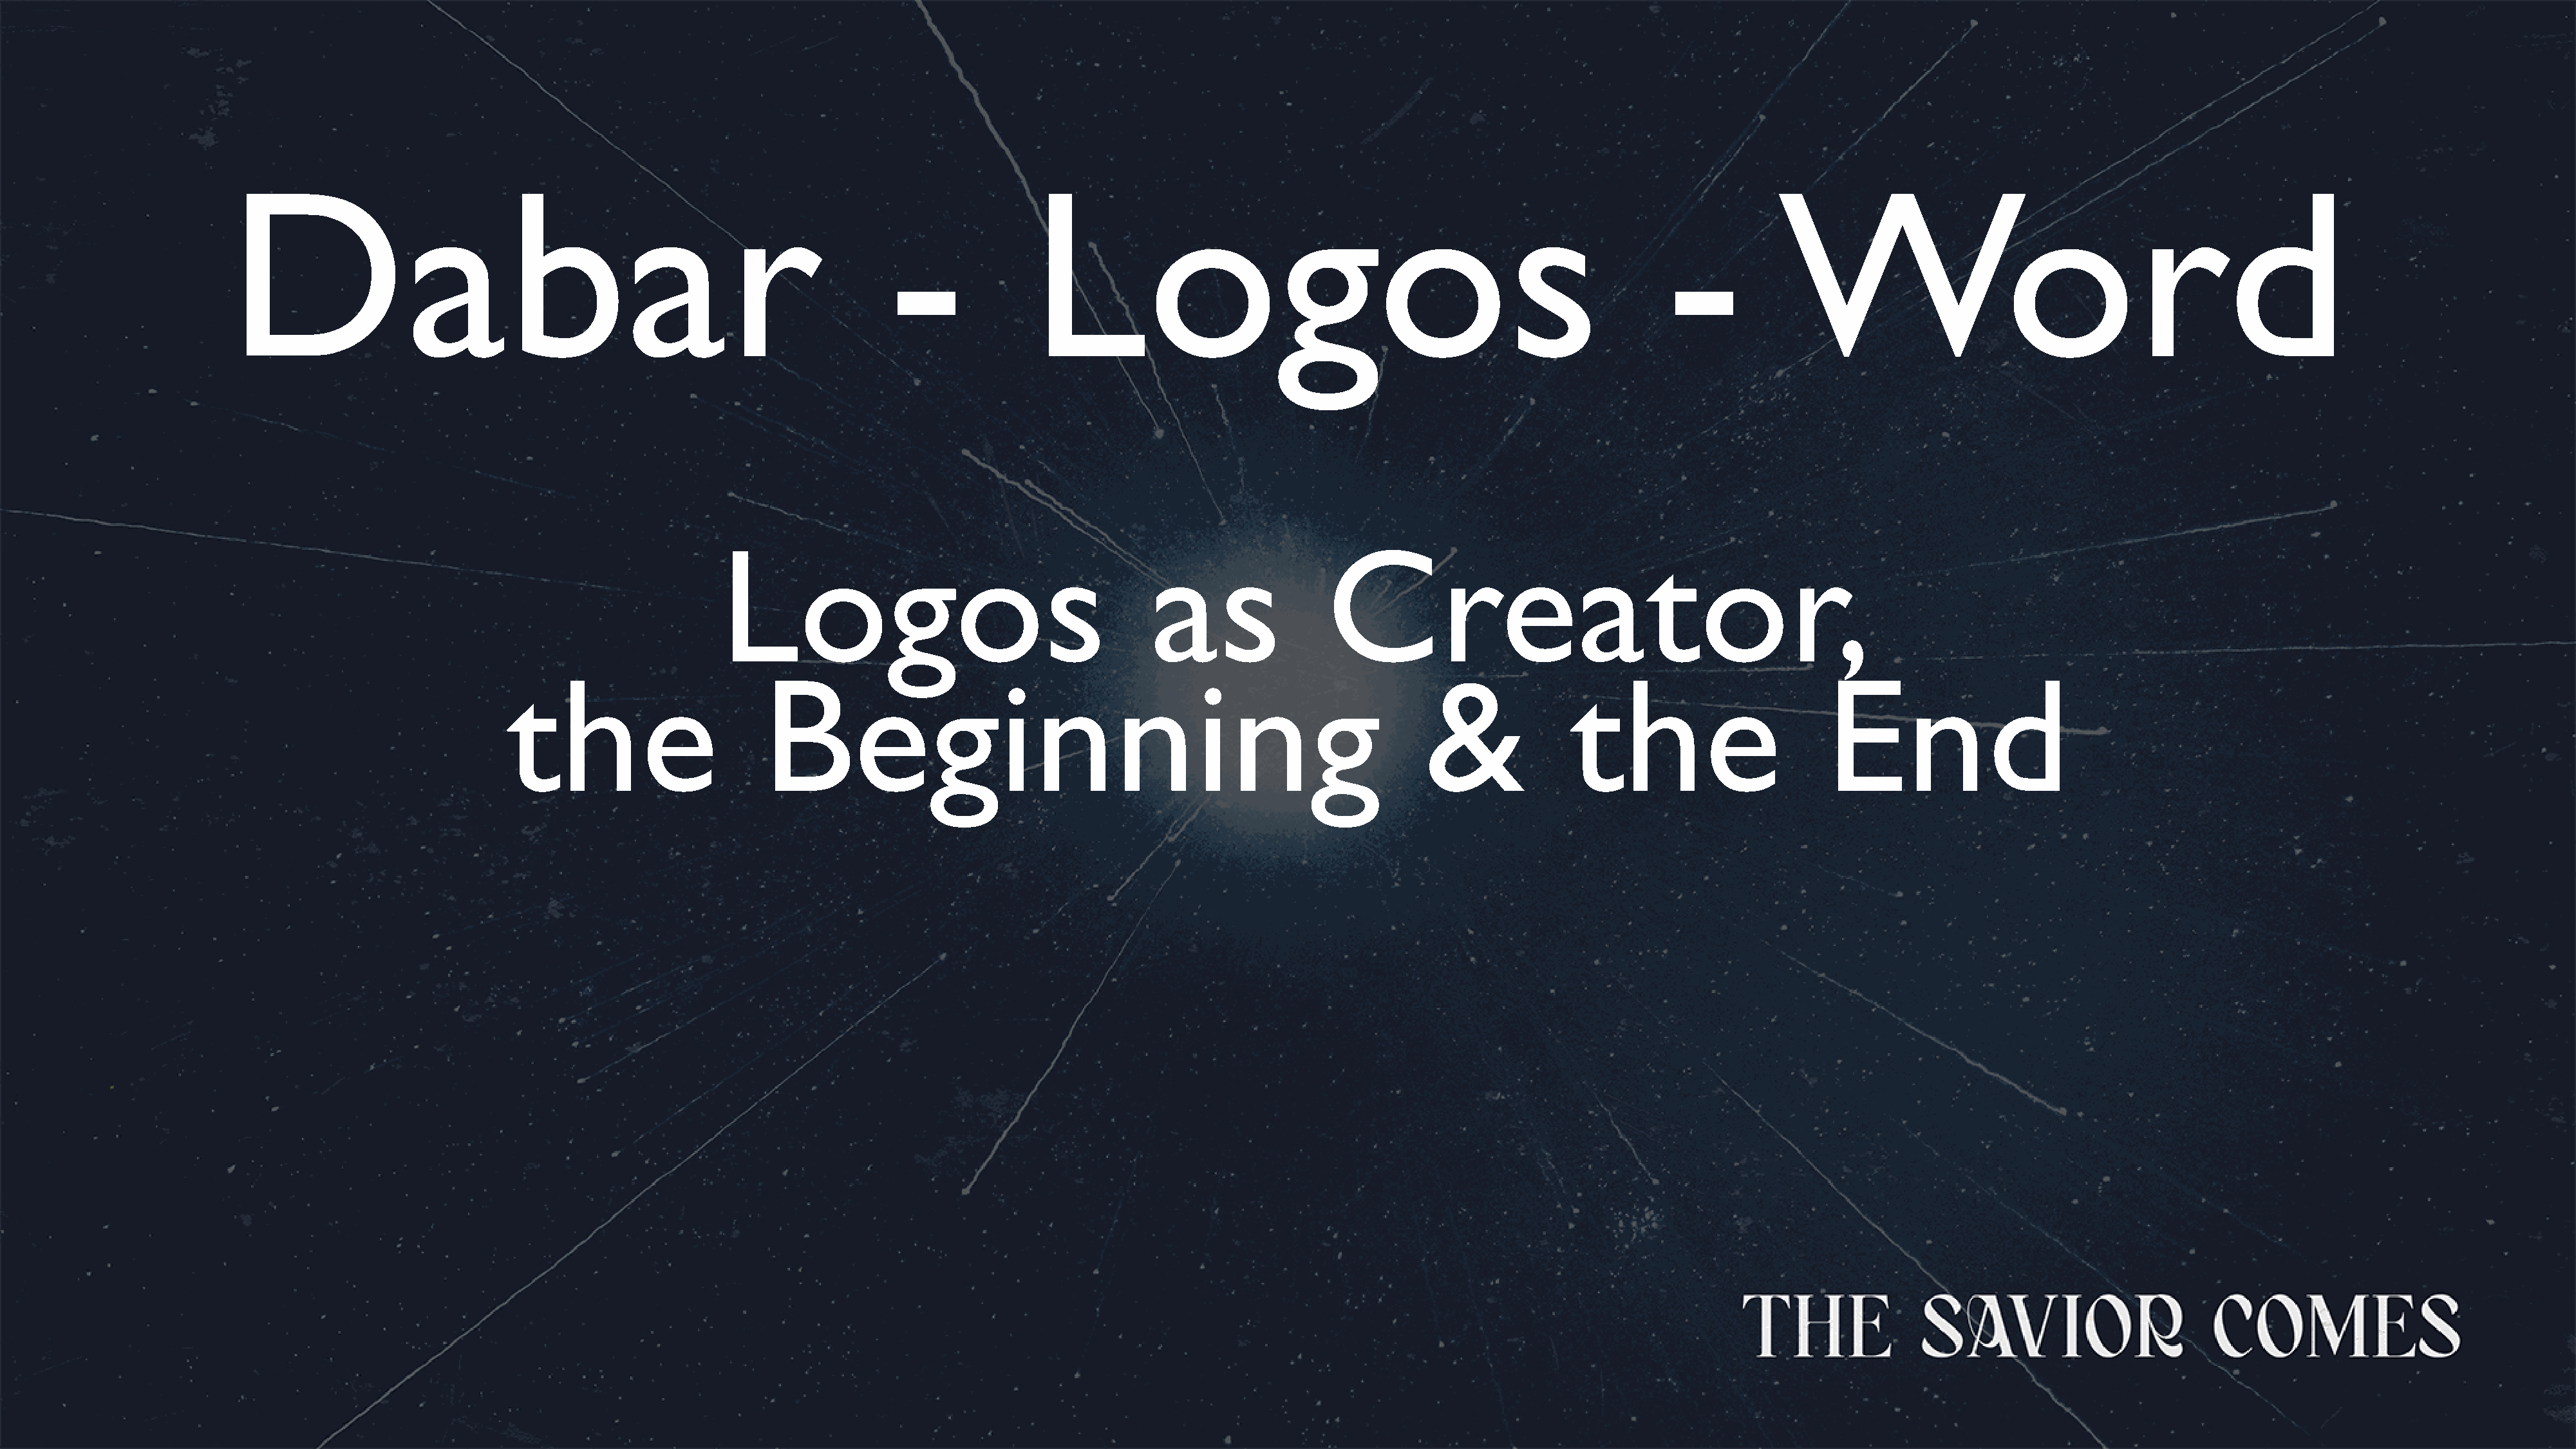
Dabar                                                               -              Logos                                                            -           Word
 Logos                                       as                Creator,
 the                       Beginning                                                           &              the                        End